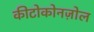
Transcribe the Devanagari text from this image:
कीटोकोनज़ोल